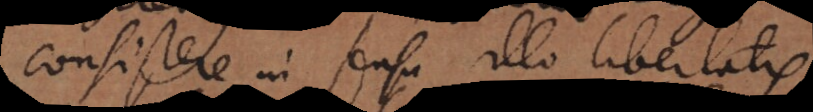
consistere in sensu illo libertatis